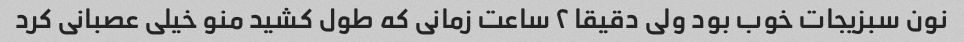
نون سبزیجات خوب بود ولی دقیقا ٢ ساعت زمانی که طول کشید منو خیلی عصبانی کرد